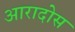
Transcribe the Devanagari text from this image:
आरादोस